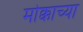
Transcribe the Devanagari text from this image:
मोक्काच्या